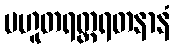
ပဟူတရတ္တရတနာနံ